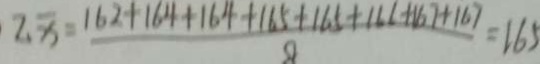
2 x = \frac { 1 6 2 + 1 6 4 + 1 6 4 + 1 6 5 + 1 6 5 + 1 6 6 + 1 6 7 + 1 6 7 } { 8 } = 1 6 5